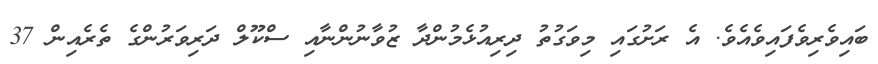
ބައިވެރިވެފައިވެއެވެ. އެ ރަށުގައި މިވަގުތު ދިރިއުޅެމުންދާ ޒުވާނުންނާއި ސްކޫލް ދަރިވަރުންގެ ތެރެއިން 37